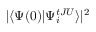
| \langle \Psi ( 0 ) | \Psi _ { i } ^ { t J U } \rangle | ^ { 2 }